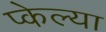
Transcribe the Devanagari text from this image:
प्केल्या